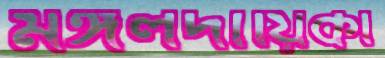
মঙ্গলদায়িকা